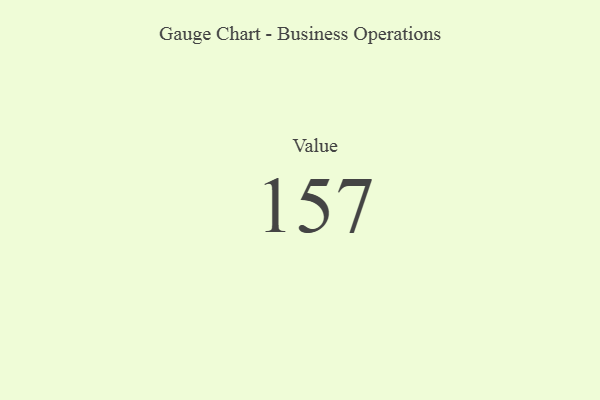
{"axis": {"x": "Metric", "y": "Value"}, "legend": [""], "data": [{"x": "Value", "y": 157, "type": ""}]}